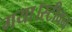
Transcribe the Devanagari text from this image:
गया।स्टीवन